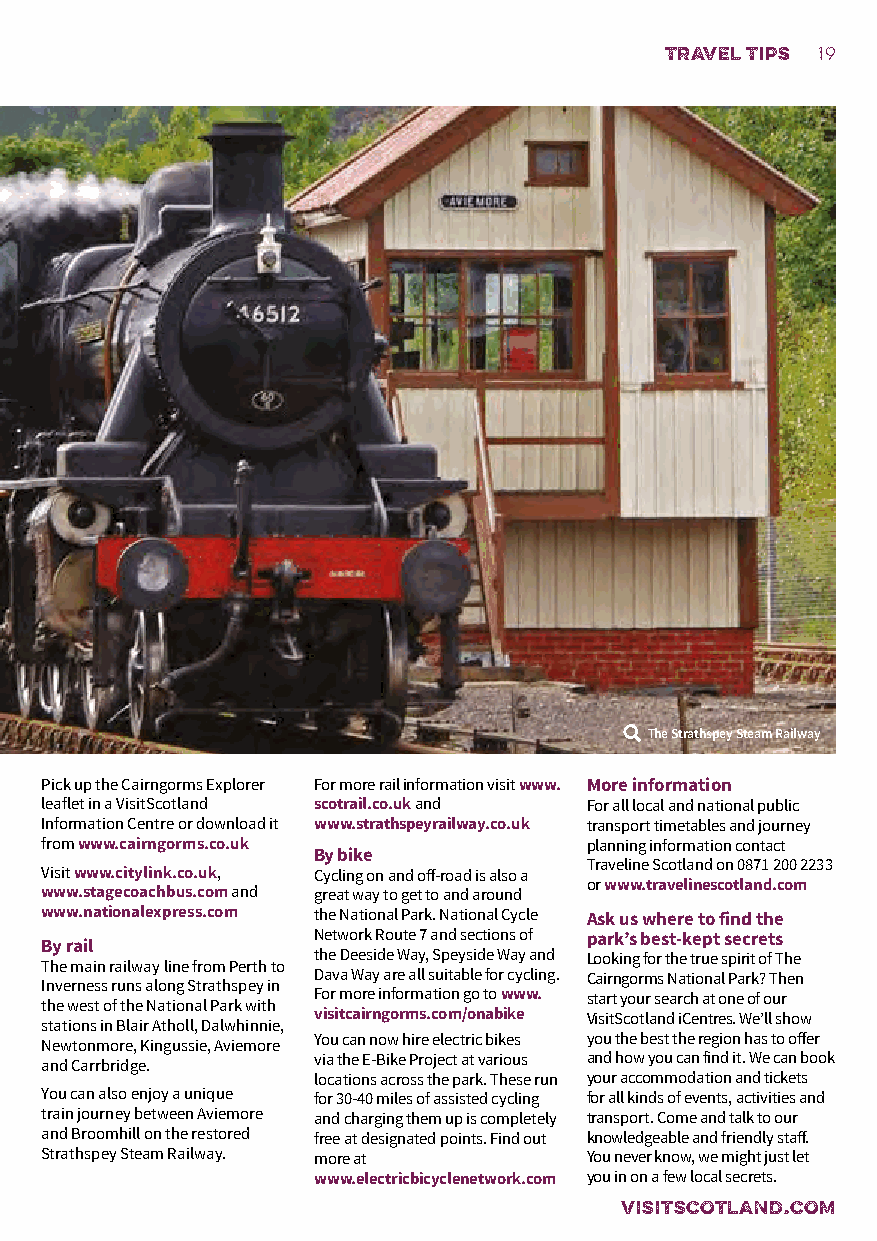
travel tips 19
 The Strathspey Steam Railway
 Pick up the Cairngorms Explorer For more rail information visit www. More information
 leaflet in a VisitScotland scotrail.co.uk and For all local and national public
 Information Centre or download it www.strathspeyrailway.co.uk transport timetables and journey
 from www.cairngorms.co.uk           planning information contact
 By bike
 Traveline Scotland on 0871 200 2233
 Visit www.citylink.co.uk, Cycling on and off-road is also a
 or www.travelinescotland.com
 www.stagecoachbus.com and great way to get to and around
 www.nationalexpress.com the National Park. National Cycle Ask us where to find the
 Network Route 7 and sections of park’s best-kept secrets
 By rail
 the Deeside Way, Speyside Way and Looking for the true spirit of The
 The main railway line from Perth to
 Dava Way are all suitable for cycling. Cairngorms National Park? Then
 Inverness runs along Strathspey in
 For more information go to www. start your search at one of our
 the west of the National Park with
 visitcairngorms.com/onabike VisitScotland iCentres. We’ll show
 stations in Blair Atholl, Dalwhinnie,
 Newtonmore, Kingussie, Aviemore You can now hire electric bikes you the best the region has to offer
 and Carrbridge.   via the E-Bike Project at various and how you can find it. We can book
 locations across the park. These run your accommodation and tickets
 You can also enjoy a unique for 30-40 miles of assisted cycling for all kinds of events, activities and
 train journey between Aviemore and charging them up is completely transport. Come and talk to our
 and Broomhill on the restored free at designated points. Find out knowledgeable and friendly staff.
 Strathspey Steam Railway. more at   You never know, we might just let
 www.electricbicyclenetwork.com you in on a few local secrets.
 VISITSCOTLAND.COM